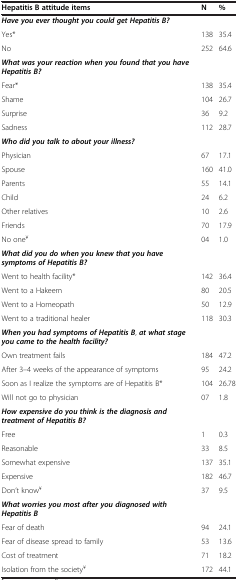
| Hepatitis B attitude items | N | % |
 | --- | --- | --- |
 | Have you ever thought you could get Hepatitis B? |  |  |
 | Yes* | 138 | 35.4 |
 | No | 252 | 64.6 |
 | What was your reaction when you found that you have Hepatitis B? |  |  |
 | Fear* | 138 | 35.4 |
 | Shame | 104 | 26.7 |
 | Surprise | 36 | 9.2 |
 | Sadness | 112 | 28.7 |
 | Who did you talk to about your illness? |  |  |
 | Physician | 67 | 17.1 |
 | Spouse | 160 | 41.0 |
 | Parents | 55 | 14.1 |
 | Child | 24 | 6.2 |
 | Other relatives | 10 | 2.6 |
 | Friends | 70 | 17.9 |
 | No one¥ | 04 | 1.0 |
 | What did you do when you knew that you have symptoms of Hepatitis B? |  |  |
 | Went to health facility* | 142 | 36.4 |
 | Went to a Hakeem | 80 | 20.5 |
 | Went to a Homeopath | 50 | 12.9 |
 | Went to a traditional healer | 118 | 30.3 |
 | When you had symptoms of Hepatitis B, at what stage you came to the health facility? |  |  |
 | Own treatment fails | 184 | 47.2 |
 | After 3–4 weeks of the appearance of symptoms | 95 | 24.2 |
 | Soon as I realize the symptoms are of Hepatitis B* | 104 | 26.78 |
 | Will not go to physician | 07 | 1.8 |
 | How expensive do you think is the diagnosis and treatment of Hepatitis B? |  |  |
 | Free | 1 | 0.3 |
 | Reasonable | 33 | 8.5 |
 | Somewhat expensive | 137 | 35.1 |
 | Expensive | 182 | 46.7 |
 | Don’t know¥ | 37 | 9.5 |
 | What worries you most after you diagnosed with Hepatitis B |  |  |
 | Fear of death | 94 | 24.1 |
 | Fear of disease spread to family | 53 | 13.6 |
 | Cost of treatment | 71 | 18.2 |
 | Isolation from the society¥ | 172 | 44.1 |